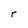
Character: r